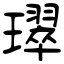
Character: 璻